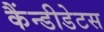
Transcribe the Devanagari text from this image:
कैंन्डीडेटस